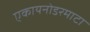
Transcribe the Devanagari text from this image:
एकायनोडरमाटा